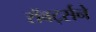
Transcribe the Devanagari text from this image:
रॉबर्ट्सने